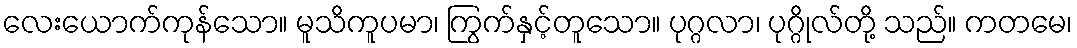
လေးယောက်ကုန်သော။ မူသိကူပမာ၊ ကြွက်နှင့်တူသော။ ပုဂ္ဂလာ၊ ပုဂ္ဂိုလ်တို့ သည်။ ကတမေ၊